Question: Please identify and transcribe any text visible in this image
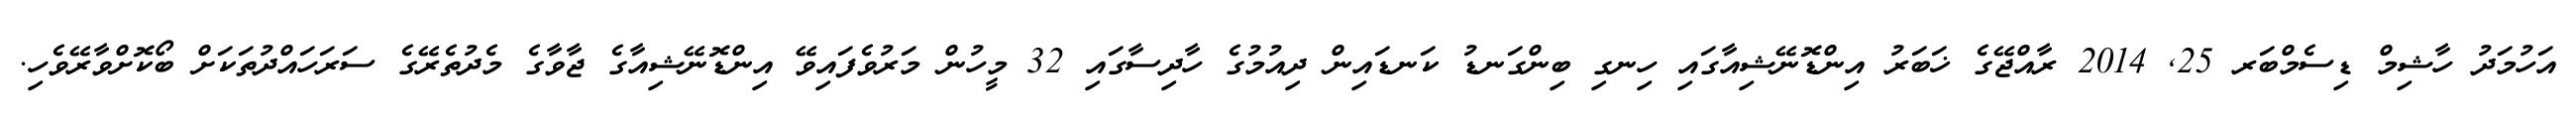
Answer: އަހުމަދު ހާޝިމް ޑިސެމްބަރ 25, 2014 ރާއްޖޭގެ ޚަބަރު އިންޑޮނޭޝިއާގައި ހިނގި ބިންގަނޑު ކަނޑައިން ދިއުމުގެ ހާދިސާގައި 32 މީހުން މަރުވެފައިވޭ އިންޑޮނޭޝިއާގެ ޖާވާގެ މެދުތެރޭގެ ސަރަހައްދުތަކަށް ބޯކޮށްވާރޭވެހި.